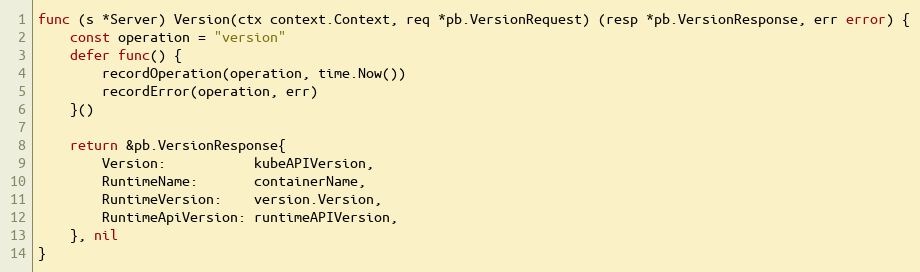
Language: Go
func (s *Server) Version(ctx context.Context, req *pb.VersionRequest) (resp *pb.VersionResponse, err error) {
	const operation = "version"
	defer func() {
		recordOperation(operation, time.Now())
		recordError(operation, err)
	}()

	return &pb.VersionResponse{
		Version:           kubeAPIVersion,
		RuntimeName:       containerName,
		RuntimeVersion:    version.Version,
		RuntimeApiVersion: runtimeAPIVersion,
	}, nil
}